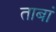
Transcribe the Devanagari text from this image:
ताबां